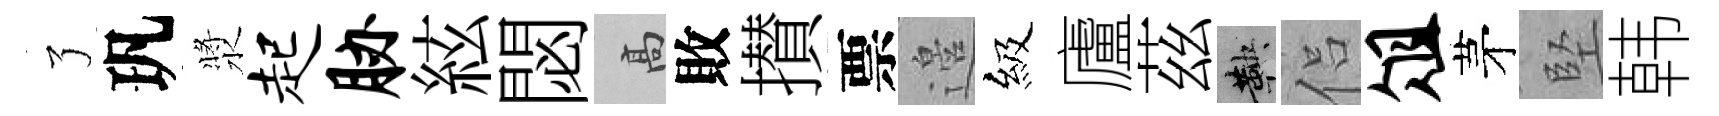
了㺬漿起胁絃閟高敗攅票邉級廬茲鞅侣俎茅堅韩